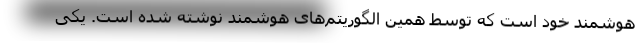
هوشمند خود است که توسط همین الگوریتم‌های هوشمند نوشته شده است. یکی